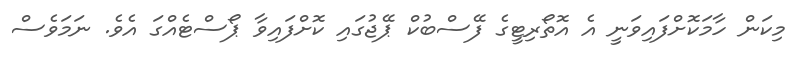
މިކަން ހާމަކޮށްފައިވަނީ އެ އޮތޯރިޓީގެ ފޭސްބުކް ޕޭޖުގައި ކޮށްފައިވާ ޕޯސްޓެއްގަ އެވެ. ނަމަވެސް